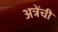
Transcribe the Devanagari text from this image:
अत्रेंची